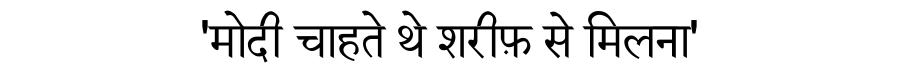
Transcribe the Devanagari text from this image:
'मोदी चाहते थे शरीफ़ से मिलना'